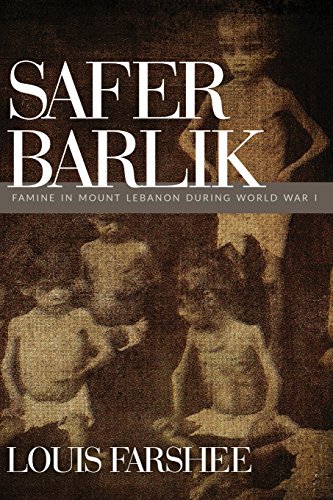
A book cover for Safer Barlik: Famine in Mount Lebanon During World War I; Louis Farshee; History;